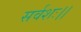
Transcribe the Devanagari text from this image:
सर्वशः।।